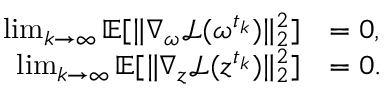
\begin{array} { r l } { \operatorname* { l i m } _ { k \rightarrow \infty } \mathbb { E } [ \| \nabla _ { \omega } \mathcal { L } ( \omega ^ { t _ { k } } ) \| _ { 2 } ^ { 2 } ] } & { = 0 , } \\ { \operatorname* { l i m } _ { k \rightarrow \infty } \mathbb { E } [ \| \nabla _ { z } \mathcal { L } ( z ^ { t _ { k } } ) \| _ { 2 } ^ { 2 } ] } & { = 0 . } \end{array}